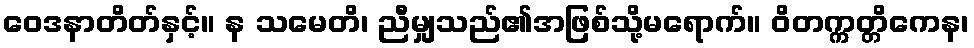
ဝေဒနာတိတ်နှင့်။ န သမေတိ၊ ညီမျှသည်၏အဖြစ်သို့မရောက်။ ဝိတက္ကတ္တိကေန၊